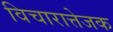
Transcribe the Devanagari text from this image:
विचारात्तेजक